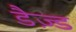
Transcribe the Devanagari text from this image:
डैज़्ड